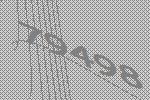
79498